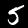
Digit: 5